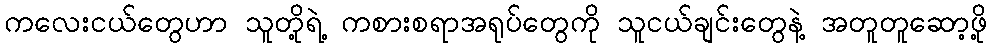
ကလေးငယ်တွေဟာ သူတို့ရဲ့ ကစားစရာအရုပ်တွေကို သူငယ်ချင်းတွေနဲ့ အတူတူဆော့ဖို့